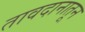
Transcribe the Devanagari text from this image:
तावदानातून